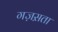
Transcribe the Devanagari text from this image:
गज़स़ता